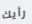
رأيك